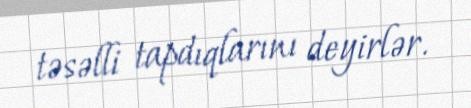
təsəlli tapdıqlarını deyirlər.